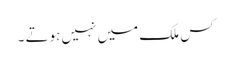
کس ملک میں نہیں ہوتے ۔